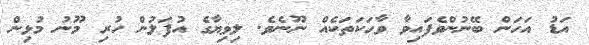
އަޑު އަހަން ބޭނުންވެފައިވާ ވާހަކަތަކެއް ނޫނެވެ. ލިވިޔާގެ އުފަލުން ހުރި މޫނު މުޅިން